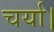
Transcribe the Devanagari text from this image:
चर्या।